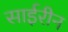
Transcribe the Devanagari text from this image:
साईरीन